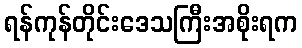
ရန်ကုန်တိုင်းဒေသကြီးအစိုးရက